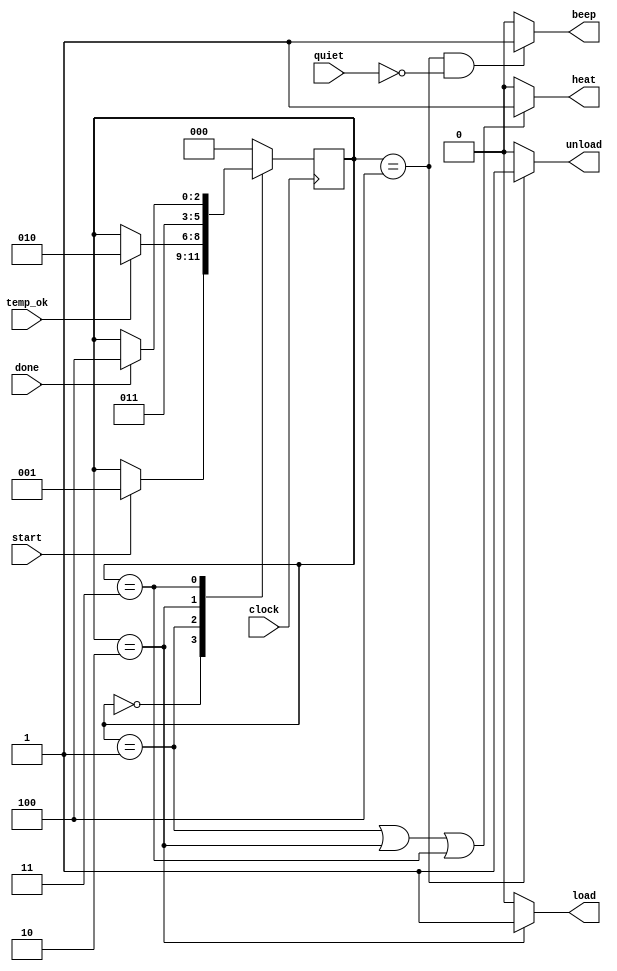
module auto_oven_style ( 
	
	input clock , // System clock 
	input start, // Which starts a load/cook/unload cycle 
	input temp_ok, //A temperature sensor that detects when the heater is done preheating 
	input done, //A signal from a timer or sensor that detects when the cooking cycle is complete 
	input quiet, //A final input that selects if the cooker should beep when the food is ready 
	
	output reg load , //A signal that sends food into the cooker 
	output reg heat , //A signal that turns on the heating element, which has a built in temparature control 
	output reg unload , //A signal that removes the food from the cooker and presents it to the diner 
	output reg beep  //A signal that alerts the diner when the food is done. 
				
				) ; 
				
//State Machine can be braodly classified into 3 parts 
// 1. State Register 
// 2. Next Register Logic | -- Combo logic 
// 3. Output Logic | -- Combo logic 

reg [2:0] PS, NS ; // PS - Present State | NS - Next State 

`define IDLE 3'b000
`define PREHEAT 3'b001 
`define LOAD 3'b010 
`define COOK 3'b011 
`define EMPTY 3'b100 

//State Register block 
	always @(posedge clock) 
		begin 	
			PS <= NS ; 
		end 
		
		
//Next Register Logic -- Contains combinational circuitry 

	always @(PS or start or temp_ok or done ) 
		begin 
			
			NS = PS ; //Default condition. The state remains the same 
			
			case(PS) 
			`IDLE: if(start) 
						NS = `PREHEAT ; 
			`PREHEAT: if(temp_ok) 
						NS = `LOAD ;  
			`LOAD : NS = `COOK ; 
				
			`COOK : if (done) 
						NS = `EMPTY ; 
			
			`EMPTY : NS = `IDLE ; 
			
			default : NS = `IDLE ; 
			endcase 		
		end 
			
	
//Output Logic -- COntains combinational circuitry 

		always @(PS) 
			begin 
				
				if (PS == `LOAD ) 
					load = 1 ; 
				else 
					load = 0 ; 
					
				if ( PS == `EMPTY) 
					unload = 1 ; 
				else 
					unload = 0 ; 

				if ( PS == `EMPTY && quiet == 0) 
					beep = 1 ; 
				else 
					beep = 0 ; 
					
				if ( PS == `PREHEAT || PS == `LOAD || PS == `COOK ) 
					heat = 1 ; 
				else 
					heat = 0 ; 
					
			end 
			
endmodule